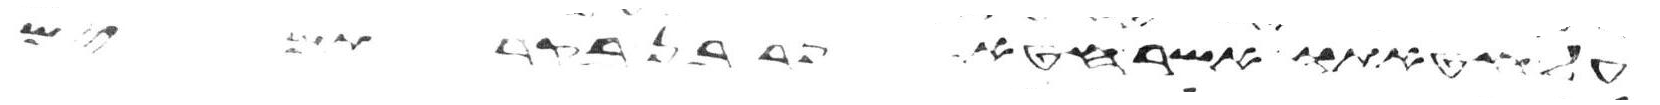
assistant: על חטאתו אשר חטא פר בן בקר תמים